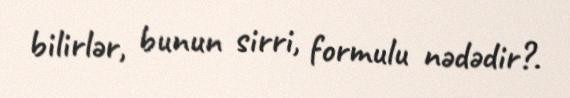
bilirlər, bunun sirri, formulu nədədir?.